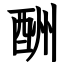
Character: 酬